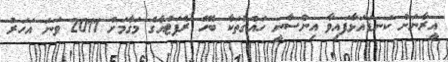
އީރާނަށް ކަނޑައަޅާފައިވާ އިންސާނީ ހައްގުތަކާ ބެހޭ ރެޕަޓުއާގެ މަގާމަށް 2011 ވަނަ އަހަރު